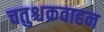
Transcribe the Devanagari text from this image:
चतुश्चक्रवाहन